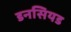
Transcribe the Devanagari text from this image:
डनसियड